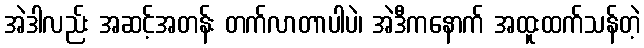
အဲဒါလည်း အဆင့်အတန်း တက်လာတာပါပဲ၊ အဲဒီကနောက် အထူးထက်သန်တဲ့